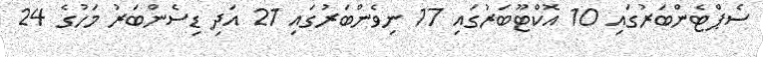
ސެޕްޓެންބަރުގައި 10 އޮކްޓޫބަރުގައި 17 ނިވެންބަރުގައި 21 އަދި ޑިސެންބަރު މަހުގެ 24